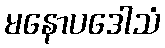
မနောပဒေါသံ